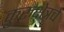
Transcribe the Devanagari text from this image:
कुरुक्षेत्रचे